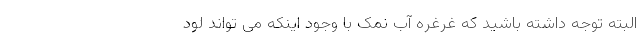
البته توجه داشته باشید که غرغره آب نمک با وجود اینکه می تواند لود